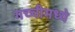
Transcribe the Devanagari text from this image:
गच्चीमध्ये